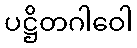
ပဋ္ဌိတဂါဝေါ